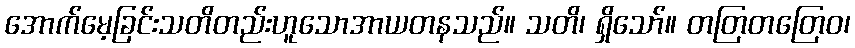
အောက်မေ့ခြင်းသတိတည်းဟူသောအာယတနသည်။ သတိ၊ ရှိသော်။ တတြတတြေဝ၊